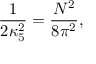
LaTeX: \frac { 1 } { 2 \kappa _ { 5 } ^ { 2 } } = \frac { N ^ { 2 } } { 8 \pi ^ { 2 } } ,